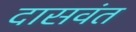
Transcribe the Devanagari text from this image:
दासवंत